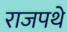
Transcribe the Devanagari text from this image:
राजपथे